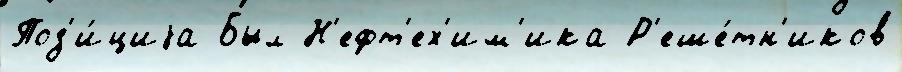
Поз'и́циjа Был Н'ефт'ех'им'ика Р'еше́тн'иков